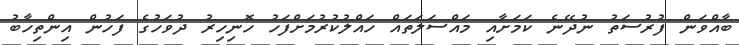
ބާއްވަން ފުރުސަތު ނުދޭނެ ކަމަށާއި މައްސަލަތައް ހައްލުކުރުމަށްފަހު ހޮނިހިރު ދުވަހުގެ ފަހުން އިންތިހާބު